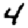
Digit: 4